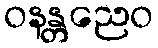
ဝနန္တညေဝ